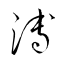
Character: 溥